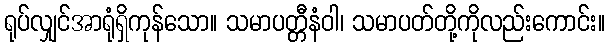
ရုပ်လျှင်အာရုံရှိကုန်သော။ သမာပတ္တီနံဝါ၊ သမာပတ်တို့ကိုလည်းကောင်း။